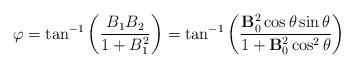
LaTeX: \begin{align*}\varphi=\tan^{-1}\left(\frac{B_1B_2}{1+B_1^2}\right)=\tan^{-1}\left( \frac{{\bf B}_0^2\cos\theta\sin\theta}{1+{\bf B}_0^2\cos^2\theta}\right)\end{align*}